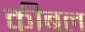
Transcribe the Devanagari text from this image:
कीबल